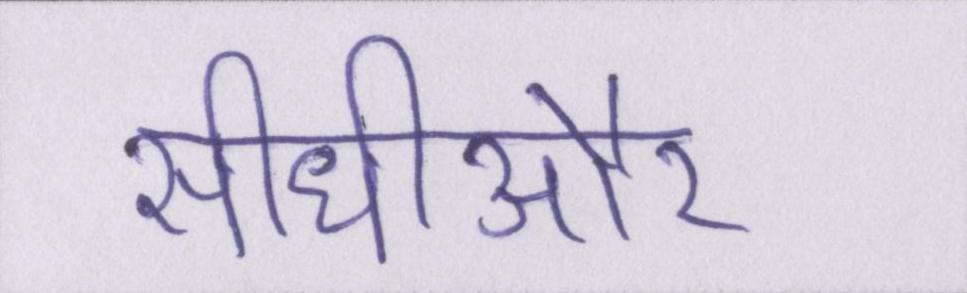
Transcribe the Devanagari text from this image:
सीधीऔर